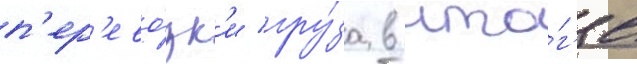
п'ер'ево́зк'и гру́за в ито́г'е